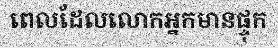
ពេលដែលលោកអ្នកមានផ្ទុក